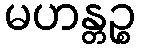
မဟန္တဉ္စ